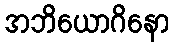
အဘိယောဂိနော